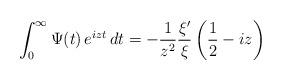
LaTeX: \begin{align*} \int_{0}^{\infty} \Psi(t) \, e^{izt} \, dt = -\frac{1}{z^2}\frac{\xi'}{\xi}\left(\frac{1}{2}-iz \right)\end{align*}